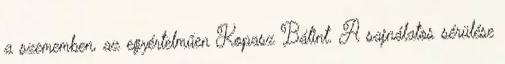
a szememben, az egyértelműen Kopasz Bálint. A sajnálatos sérülése